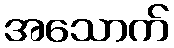
အသောက်